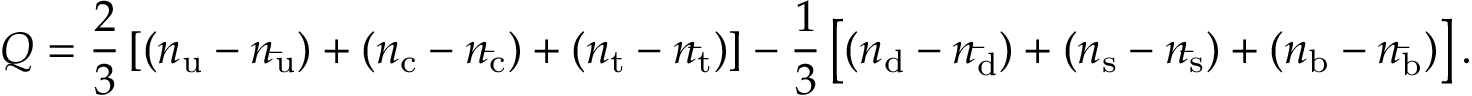
Q = { \frac { 2 } { 3 } } \left[ ( n _ { \mathrm { u } } - n _ { \mathrm { \bar { u } } } ) + ( n _ { \mathrm { c } } - n _ { \mathrm { \bar { c } } } ) + ( n _ { \mathrm { t } } - n _ { \mathrm { \bar { t } } } ) \right] - { \frac { 1 } { 3 } } \left[ ( n _ { \mathrm { d } } - n _ { \mathrm { \bar { d } } } ) + ( n _ { \mathrm { s } } - n _ { \mathrm { \bar { s } } } ) + ( n _ { \mathrm { b } } - n _ { \mathrm { \bar { b } } } ) \right] .